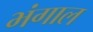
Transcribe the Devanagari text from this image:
भंगाल